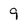
Character: 9